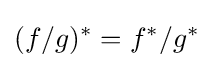
(f/g)^{*}=f^{*}/g^{*}